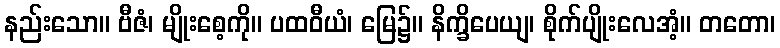
နည်းသော။ ဗီဇံ၊ မျိုးစေ့ကို။ ပထဝီယံ၊ မြေ၌။ နိက္ခိပေယျ၊ စိုက်ပျိုးလေအံ့။ တတော၊